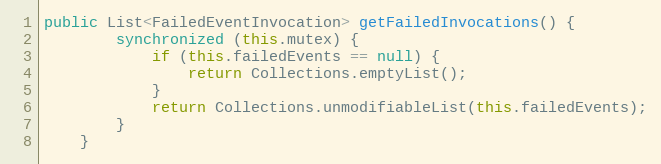
Language: Java
public List<FailedEventInvocation> getFailedInvocations() {
        synchronized (this.mutex) {
            if (this.failedEvents == null) {
                return Collections.emptyList();
            }
            return Collections.unmodifiableList(this.failedEvents);
        }
    }